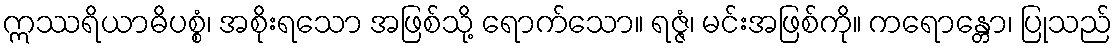
ဣဿရိယာဓိပစ္စံ၊ အစိုးရသော အဖြစ်သို့ ရောက်သော။ ရဇ္ဇံ၊ မင်းအဖြစ်ကို။ ကရောန္တော၊ ပြုသည်